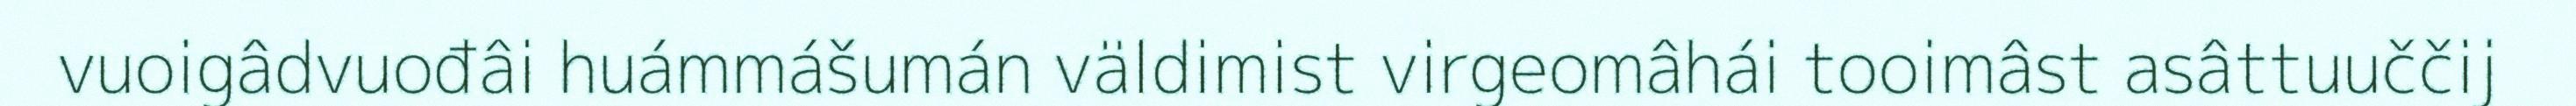
vuoigâdvuođâi huámmášumán väldimist virgeomâhái tooimâst asâttuuččij